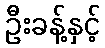
ဦးခန့်နှင့်